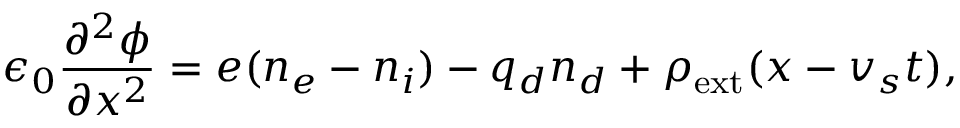
\epsilon _ { 0 } \frac { \partial ^ { 2 } \phi } { \partial x ^ { 2 } } = e ( n _ { e } - n _ { i } ) - q _ { d } n _ { d } + \rho _ { \mathrm { e x t } } ( x - v _ { s } t ) ,